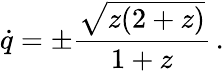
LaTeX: \dot{q}=\pm{\frac{\sqrt{z(2+z)}}{1+z}}\, .